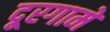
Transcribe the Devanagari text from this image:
दूरगामे